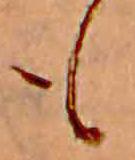
も